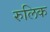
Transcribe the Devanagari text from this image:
रुलिक